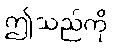
ဤသည်ကို